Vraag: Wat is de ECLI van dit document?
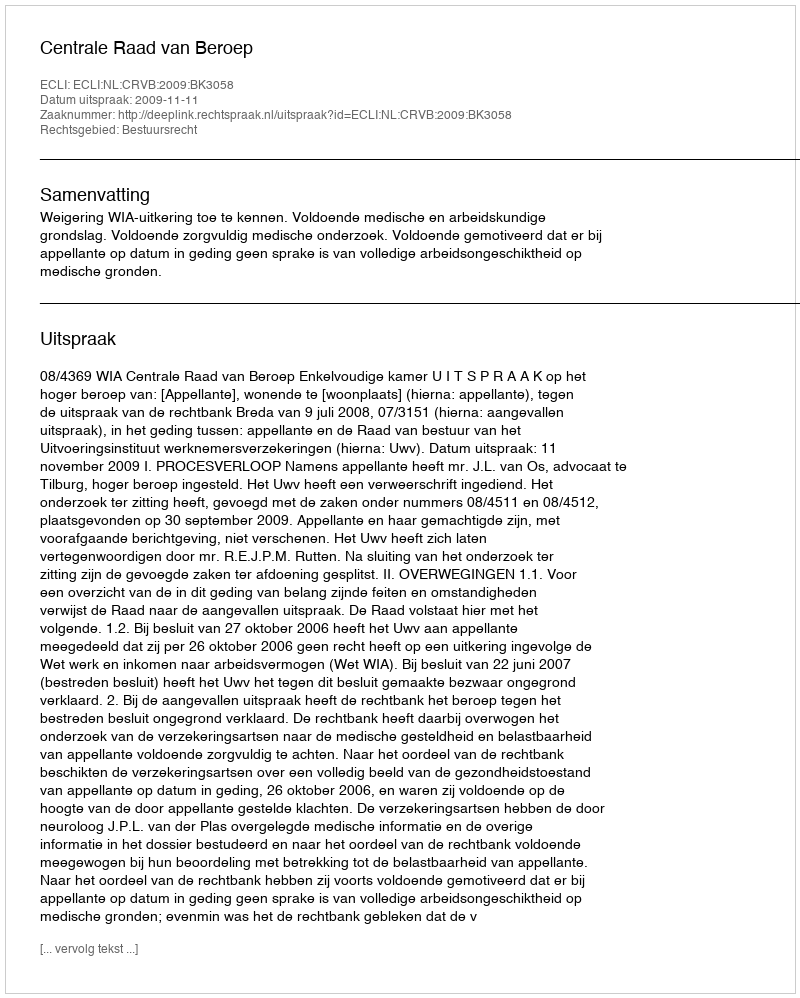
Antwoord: ECLI:NL:CRVB:2009:BK3058